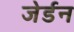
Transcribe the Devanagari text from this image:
जेर्डन